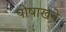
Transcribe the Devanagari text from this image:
पोषाखने